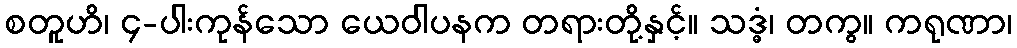
စတူဟိ၊ ၄-ပါးကုန်သော ယေဝါပနက တရားတို့နှင့်။ သဒ္ဓံ၊ တကွ။ ကရုဏာ၊